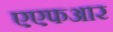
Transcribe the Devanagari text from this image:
एएफआर